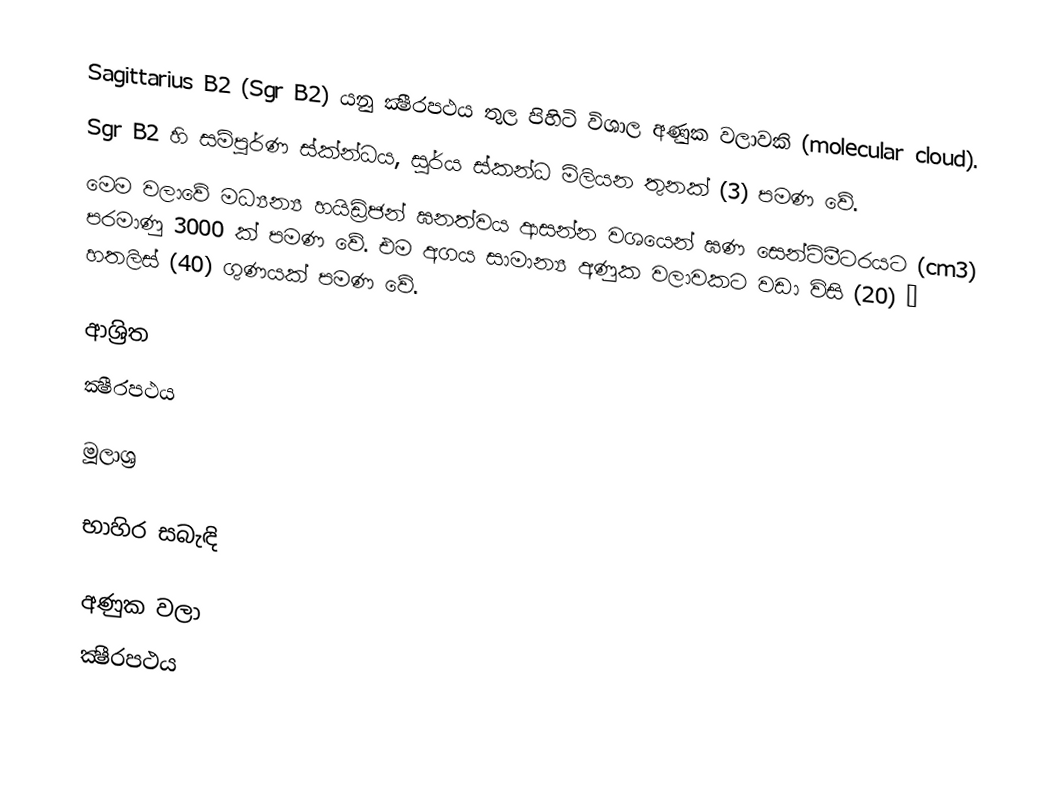
Sagittarius B2 (Sgr B2) යනු ක්‍ෂීරපථය තුල පිහිටි විශාල අණුක වලාවකි (molecular cloud).
Sgr B2 හි සම්පූර්ණ ස්ක්න්ධය, සූර්ය ස්කන්ධ මිලියන තුනක් (3) පමණ වේ.
මෙම වලාවේ මධ්‍යන්‍ය හයිඩ්‍රිජන් ඝනත්වය ආසන්න වශයෙන් ඝණ සෙන්ටිමීටරයට (cm3) පරමාණු 3000 ක් පමණ වේ. එම අගය සාමාන්‍ය අණුක වලාවකට වඩා විසි (20) – හතලිස් (40) ගුණයක් පමණ වේ.

ආශ්‍රිත
 ක්‍ෂීරපථය

මූලාශ්‍ර

භාහිර සබැඳි

අණුක වලා
ක්‍ෂීරපථය